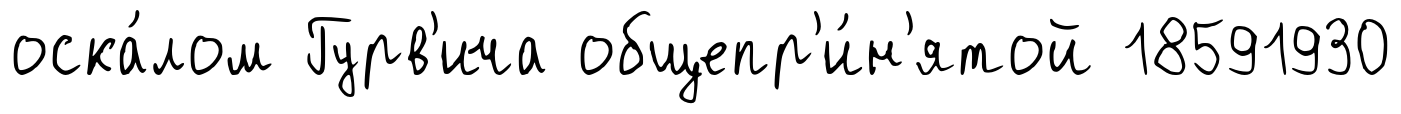
оска́лом Гурв'ича общепр'и́н'ятой 18591930